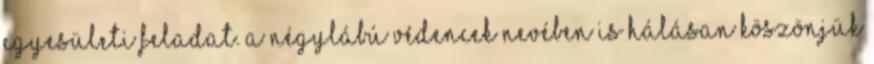
egyesületi feladat. A négylábú védencek nevében is hálásan köszönjük